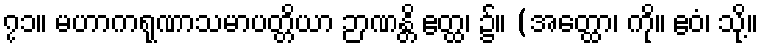
၇၁။ မဟာကရုဏာသမာပတ္တိယာ ဉာဏန္တိ ဧတ္ထ၊ ၌။ (အတ္ထော၊ ကို။ ဧဝံ၊ သို့။